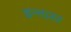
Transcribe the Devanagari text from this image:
इन्तज़र